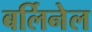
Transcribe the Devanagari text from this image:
बर्लिनेल